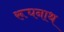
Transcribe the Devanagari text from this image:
रूघनाथ